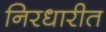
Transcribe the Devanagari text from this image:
निरधारीत